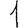
Digit: 1